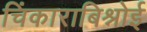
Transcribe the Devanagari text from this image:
चिंकाराबिश्नोई